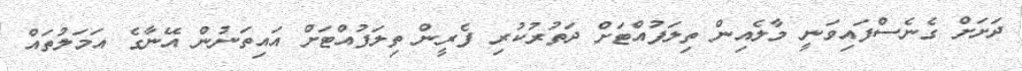
ދަށަށް ގެނެސްފައިވަނީ މާލެއިން ތިލަފުއްޓަށް ދަތުރުކުރި ފެރީން ތިލަފުއްޓަށް އައިތަނުން އޭނާގެ އަމަލުތައް